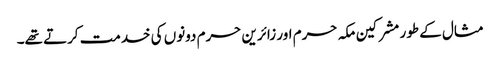
مثال کے طور مشرکین مکہ حرم اور زائرین حرم دونوں کی خدمت کرتے تھے۔